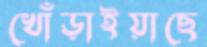
খোঁড়াইয়াছে